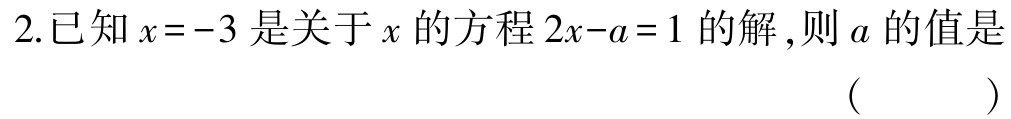
2.已知\(x = -3\)是关于\(x\)的方程\(2x - a = 1\)的解,则\(a\)的值是 （  ）